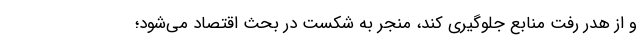
و از هدر رفت منابع جلوگیری کند، منجر به شکست در بحث اقتصاد می‌شود؛